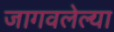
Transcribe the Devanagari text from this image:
जागवलेल्या